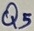
Text: Q5